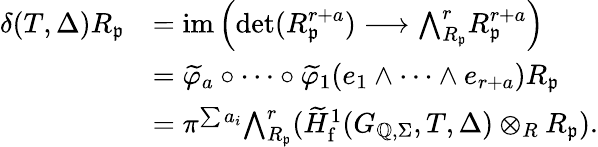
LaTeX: \begin{array}{rl}{\delta(T,\Delta)R_{\mathfrak{p}}}&{=\mathrm{im}\left(\operatorname*{det}(R_{\mathfrak{p}}^{r+a})\longrightarrow{\bigwedge}_{R_{\mathfrak{p}}}^{r}R_{\mathfrak{p}}^{r+a}\right)}\\ &{=\widetilde{\varphi}_{a}\circ\cdots\circ\widetilde{\varphi}_{1}(e_{1}\wedge\cdots\wedge e_{r+a})R_{\mathfrak{p}}}\\ &{=\pi^{\sum a_{i}}{\bigwedge}_{R_{\mathfrak{p}}}^{r}(\widetilde{H}_{\mathrm{f}}^{1}(G_{\mathbb{Q},\Sigma},T,\Delta)\otimes_{R}R_{\mathfrak{p}}).}\end{array}